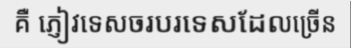
គឺ ភ្ញៀវទេសចរបរទេសដែលច្រើន